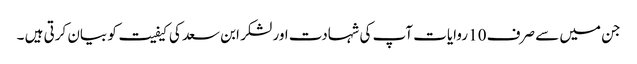
جن میں سے صرف 10 روایات آپ کی شہادت اور لشکر ابن سعد کی کیفیت کو بیان کرتی ہیں ۔